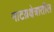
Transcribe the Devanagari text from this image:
नाटय़क्षेत्रातील